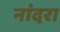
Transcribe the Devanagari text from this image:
नांदरा